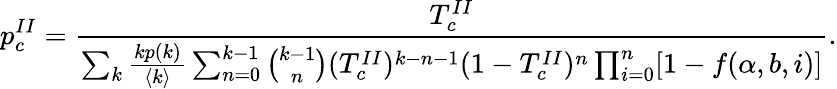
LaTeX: p_{c}^{II}=\frac{T_{c}^{II}}{\sum_{k}\frac{kp(k)}{\langle k\rangle}\sum_{n=0}^{k-1}\binom{k-1}{n}(T_{c}^{II})^{k-n-1}(1-T_{c}^{II})^{n}\prod_{i=0}^{n}[1-f(\alpha,b,i)]}.